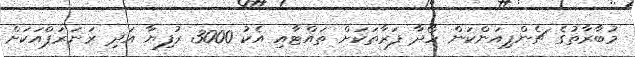
މުބާރާތުގެ ޗެންޕިއަންކަން ހޯދާ ފަރާތަކަށް ތައްޓާއި އެކު 3000 ރުފިޔާ އަދި ރަނަރަޕްއަކަށް